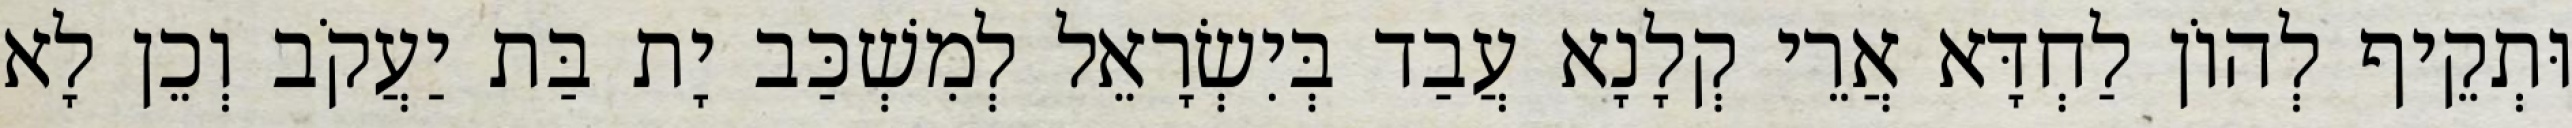
וּתְקֵיף לְהוֹן לַחְדָּא אֲרֵי קְלָנָא עֲבַד בְּיִשְׂרָאֵל לְמִשְׁכַּב יָת בַּת יַעֲקֹב וְכֵן לָא